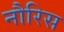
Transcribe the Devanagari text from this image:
नौरिस